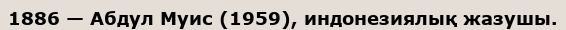
1886 — Абдул Муис (1959), индонезиялық жазушы.